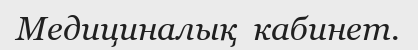
Медициналық  кабинет.